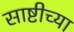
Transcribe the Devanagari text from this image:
साष्टीच्या